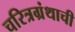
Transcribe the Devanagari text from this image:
चरित्रग्रंथाची